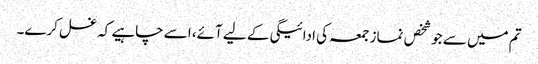
تم میں سے جو شخص نماز جمعہ کی ادائیگی کے لیے آئے، اسے چاہیے کہ غسل کرے۔